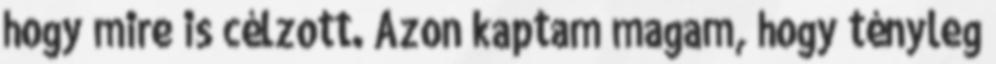
hogy mire is célzott. Azon kaptam magam, hogy tényleg